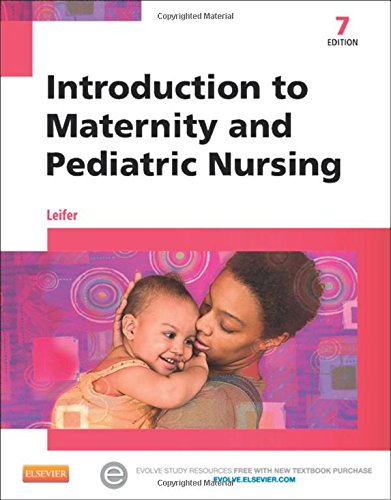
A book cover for Introduction to Maternity and Pediatric Nursing, 7e; Gloria Leifer MA  RN  CNE; Medical Books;